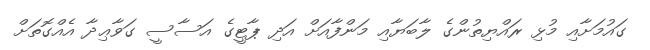
ގައުމަށާއި މުޅި ރައްޔިތުންގެ ލާބަޔާއި މަންފާއަށް އަދި ޕާޓީގެ އަސާސީ ގަވާޢިދާ އެއްގޮތަށް